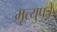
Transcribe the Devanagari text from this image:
मृत्युपत्रे